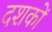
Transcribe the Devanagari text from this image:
दशकाें